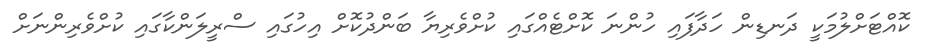
ކޮއްޓަށްލުމަކީ ދަނޑިން ހަދާފައި ހުންނަ ކޮށްޓެއްގައި ކުށްވެރިޔާ ބަންދުކޮށް އިހުގައި ސްރީލަންކާގައި ކުށްވެރިންނަށް